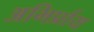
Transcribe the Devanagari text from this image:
अभिर्प्राय